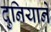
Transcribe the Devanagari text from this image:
दुनियाने